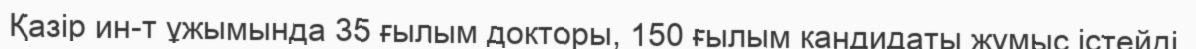
Қазір ин-т ұжымында 35 ғылым докторы, 150 ғылым кандидаты жұмыс істейді.